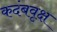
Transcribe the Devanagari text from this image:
कदंबवृक्ष